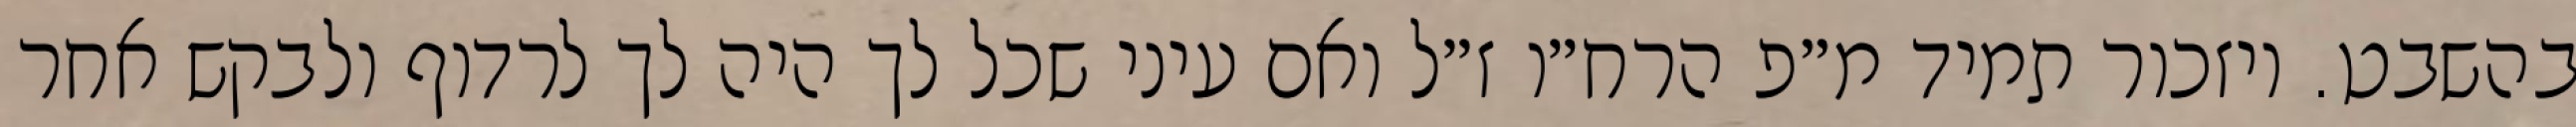
בהשבט. ויזכור תמיד מ״פ הרח״ו ז״ל ואם עיני שכל לך היה לך לרדוף ולבקש אחר